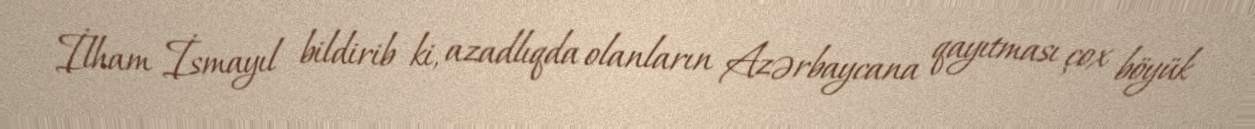
İlham İsmayıl bildirib ki, azadlıqda olanların Azərbaycana qayıtması çox böyük